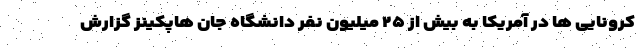
کرونایی ها در آمریکا به بیش از ۲۵ میلیون نفر دانشگاه جان هاپکینز گزارش